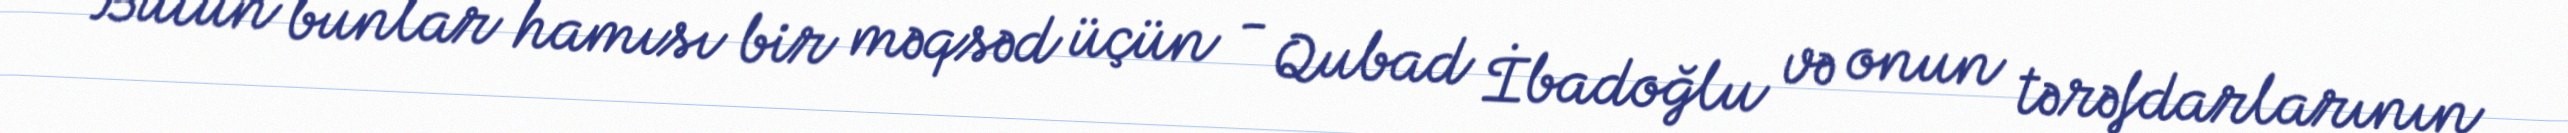
Bütün bunlar hamısı bir məqsəd üçün - Qubad İbadoğlu və onun tərəfdarlarının